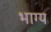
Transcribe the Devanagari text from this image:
भाग्‍य